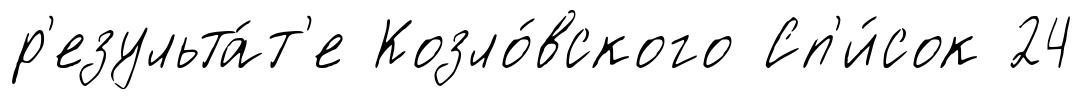
р'езульта́т'е Козло́вского Сп'и́сок 24